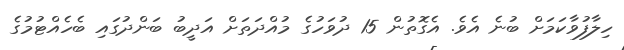
ހިލާފުވާކަމަށް ބުނެ އެވެ. އެގޮތުން 15 ދުވަހުގެ މުއްދަތަށް އަދީބު ބަންދުގައި ބެހެއްޓުމުގެ